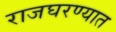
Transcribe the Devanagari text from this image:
राजघरण्यात